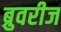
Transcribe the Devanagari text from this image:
ब्रुवरीज